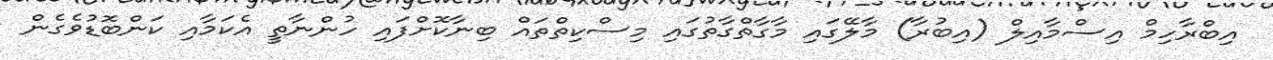
އިބްރާހިމް އިސްމާއިލް (އިބުރާ) މާލޭގައި މާގާތްގާތުގައި މިސްކިތްތައް ބިނާކޮށްފައި ހުންނާތީ އެކަމާއި ކަންބޮޑުވެގެން